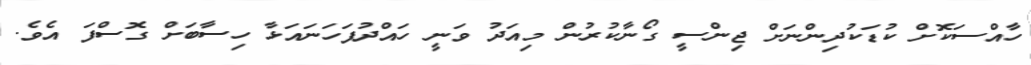
ހާއްސަކޮށް ކުޑަކުދިންނަށް ޖިންސީ ގޯނާކުރުން މިއަދު ވަނީ ހައްދުފަހަނައަޅާ ހިސާބަށް ގޮސްފަ އެވެ.